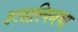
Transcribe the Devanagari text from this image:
इलारियनचा